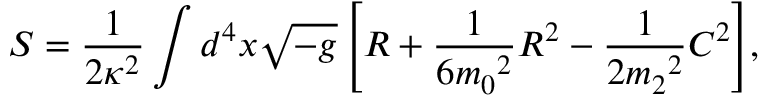
S = \frac { 1 } { 2 \kappa ^ { 2 } } \int { d ^ { 4 } x \sqrt { - g } \left[ R + \frac { 1 } { 6 { m _ { 0 } } ^ { 2 } } R ^ { 2 } - \frac { 1 } { 2 { m _ { 2 } } ^ { 2 } } C ^ { 2 } \right] } ,